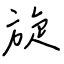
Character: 旋